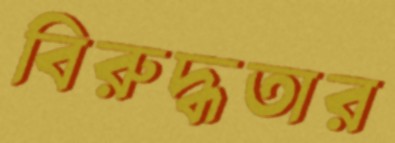
বিরুদ্ধতার